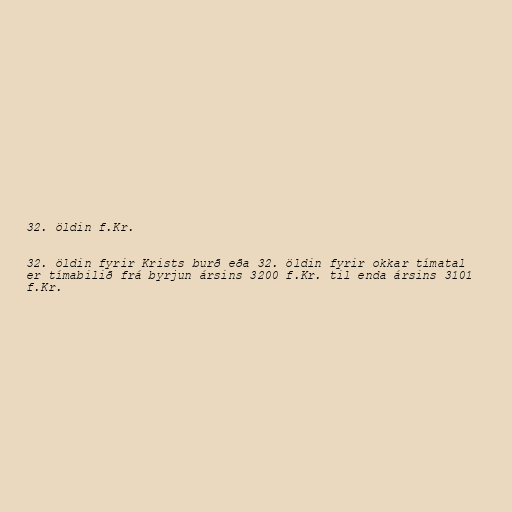
32. öldin f.Kr.

32. öldin fyrir Krists burð eða 32. öldin fyrir okkar tímatal
er tímabilið frá byrjun ársins 3200 f.Kr. til enda ársins 3101
f.Kr.